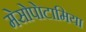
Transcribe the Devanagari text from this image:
मेसोपेाटामिया